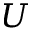
U